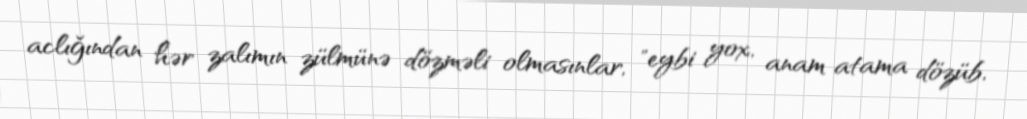
aclığından hər zalımın zülmünə dözməli olmasınlar, "eybi yox, anam atama dözüb,